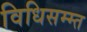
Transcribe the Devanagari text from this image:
विधिसम्म्त